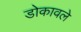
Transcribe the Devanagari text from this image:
डोकावले